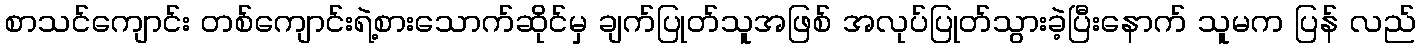
စာသင်ကျောင်း တစ်ကျောင်းရဲ့စားသောက်ဆိုင်မှ ချက်ပြုတ်သူအဖြစ် အလုပ်ပြုတ်သွားခဲ့ပြီးနောက် သူမက ပြန် လည်